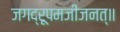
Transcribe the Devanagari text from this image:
जगद्रूपमजीजनत्॥